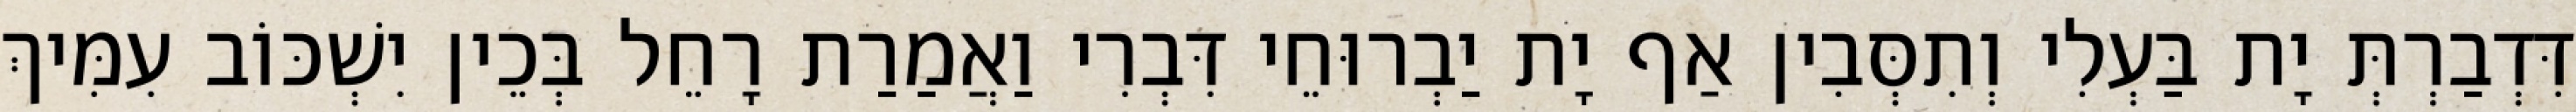
דִּדְבַרְתְּ יָת בַּעְלִי וְתִסְּבִין אַף יָת יַבְרוּחֵי דִּבְרִי וַאֲמַרַת רָחֵל בְּכֵין יִשְׁכּוֹב עִמִּיךְ